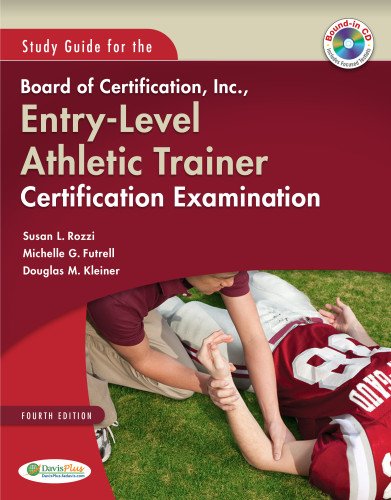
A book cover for Study Guide for the Board of Certification, Inc., Entry-Level Athletic Trainer Certification Examination; Susan Rozzi PhD  ATC  SCAT; Medical Books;